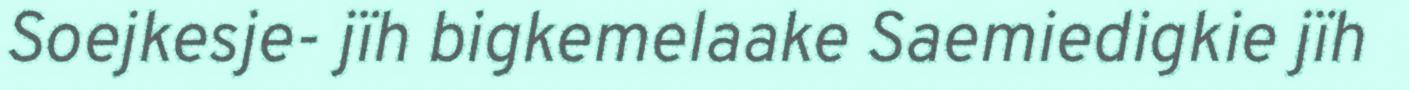
Soejkesje- jïh bigkemelaake Saemiedigkie jïh